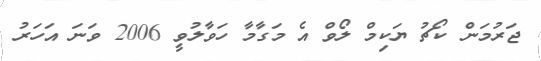
ޖަރުމަން ކޯޗު ޔަކިމް ލޯވް އެ މަގާމާ ހަވާލުވީ 2006 ވަނަ އަހަރު